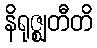
နိရုဇ္ဈတီတိ